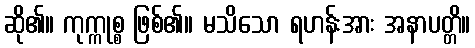
ဆို၏။ ကုက္ကုစ္စ ဖြစ်၏။ မသိသော ရဟန်းအား အနာပတ္တိ။